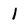
Character: 1